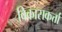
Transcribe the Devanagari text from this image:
विकासकर्त्ता